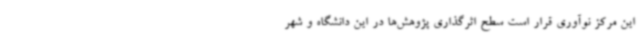
این مرکز نوآوری قرار است سطح اثرگذاری پژوهش‌ها در این دانشگاه و شهر